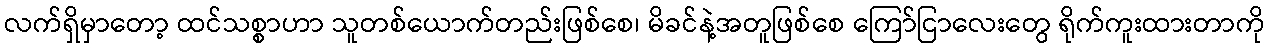
လက်ရှိမှာတော့ ထင်သစ္စာဟာ သူတစ်ယောက်တည်းဖြစ်စေ၊ မိခင်နဲ့အတူဖြစ်စေ ကြော်ငြာလေးတွေ ရိုက်ကူးထားတာကို